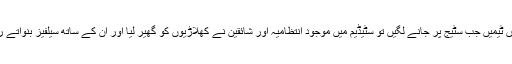
دونوں ٹیمیں جب سٹیج پر جانے لگیں تو سٹیڈیم میں موجود انتظامیہ اور شائقین نے کھلاڑیوں کو گھیر لیا اور ان کے ساتھ سیلفیز بنواتے رہے۔